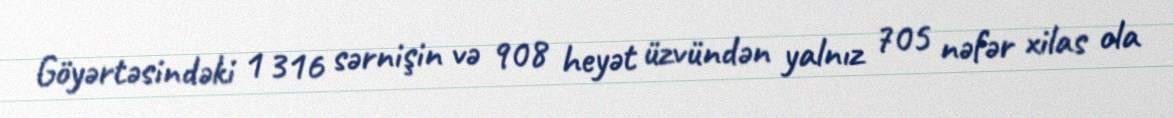
Göyərtəsindəki 1 316 sərnişin və 908 heyət üzvündən yalnız 705 nəfər xilas ola